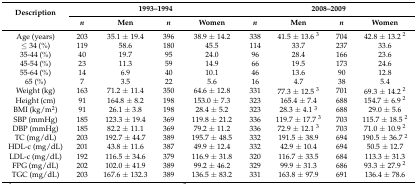
<table><thead><tr><td rowspan="2"><b>Description </b></td><td colspan="4"><b>1993–1994</b></td><td colspan="4"><b>2008–2009</b></td></tr><tr><td><b><i>n</i></b></td><td><b>Men</b></td><td><b><i>n</i></b></td><td><b>Women</b></td><td><b><i>n</i></b></td><td><b>Men</b></td><td><b><i>n</i></b></td><td><b>Women</b></td></tr></thead><tbody><tr><td>Age (years)</td><td>203</td><td>35.1 ± 19.4</td><td>396</td><td>38.9 ± 14.2</td><td>338</td><td>41.5 ± 13.6 <sup>3</sup></td><td>704</td><td>42.8 ± 13.2 <sup>2</sup></td></tr><tr><td>≤ 34 (%)</td><td>119</td><td>58.6</td><td>180</td><td>45.5</td><td>114</td><td>33.7</td><td>237</td><td>33.6</td></tr><tr><td>35-44 (%)</td><td>40</td><td>19.7</td><td>95</td><td>24.0</td><td>96</td><td>28.4</td><td>166</td><td>23.6</td></tr><tr><td>45-54 (%)</td><td>23</td><td>11.3</td><td>59</td><td>14.9</td><td>66</td><td>19.5</td><td>173</td><td>24.6</td></tr><tr><td>55-64 (%)</td><td>14</td><td>6.9</td><td>40</td><td>10.1</td><td>46</td><td>13.6</td><td>90</td><td>12.8</td></tr><tr><td>65 (%)</td><td>7</td><td>3.5</td><td>22</td><td>5.6</td><td>16</td><td>4.7</td><td>38</td><td>5.4</td></tr><tr><td>Weight (kg)</td><td>163</td><td>71.2 ± 11.4</td><td>350</td><td>64.6 ± 12.8</td><td>331</td><td>77.3 ± 12.5 <sup>3</sup></td><td>701</td><td>69.3 ± 14.2 <sup>2</sup></td></tr><tr><td>Height (cm)</td><td>91</td><td>164.8 ± 8.2</td><td>198</td><td>153.0 ± 7.3</td><td>323</td><td>165.4 ± 7.4</td><td>688</td><td>154.7 ± 6.9 <sup>2</sup></td></tr><tr><td>BMI (kg/m<sup>2</sup>)</td><td>91</td><td>26.1 ± 3.8</td><td>198</td><td>28.4 ± 5.2</td><td>323</td><td>28.3 ± 4.1 <sup>3</sup></td><td>688</td><td>29.0 ± 5.6</td></tr><tr><td>SBP (mmHg)</td><td>185</td><td>123.3 ± 19.4</td><td>369</td><td>119.8 ± 21.2</td><td>336</td><td>119.7 ± 17.7 <sup>3</sup></td><td>703</td><td>115.7 ± 18.5 <sup>2</sup></td></tr><tr><td>DBP (mmHg)</td><td>185</td><td>82.2 ± 11.1</td><td>369</td><td>79.2 ± 11.2</td><td>336</td><td>72.9 ± 12.1 <sup>3</sup></td><td>703</td><td>71.0 ± 10.9 <sup>2</sup></td></tr><tr><td>TC (mg/dL)</td><td>203</td><td>192.7 ± 44.7</td><td>389</td><td>195.7 ± 48.5</td><td>332</td><td>191.5 ± 38.9</td><td>694</td><td>190.5 ± 36.7 <sup>2</sup></td></tr><tr><td>HDL-c (mg/dL)</td><td>201</td><td>43.8 ± 11.6</td><td>387</td><td>49.9 ± 12.4</td><td>332</td><td>42.9 ± 10.4</td><td>694</td><td>50.5 ± 12.7</td></tr><tr><td>LDL-c (mg/dL)</td><td>192</td><td>116.5 ± 34.6</td><td>379</td><td>116.9 ± 31.8</td><td>320</td><td>116.7 ± 33.5</td><td>684</td><td>113.3 ± 31.3</td></tr><tr><td>FPG (mg/dL)</td><td>202</td><td>102.0 ± 41.9</td><td>389</td><td>99.2 ± 46.2</td><td>329</td><td>99.9 ± 31.3</td><td>686</td><td>93.3 ± 27.9 <sup>2</sup></td></tr><tr><td>TGC (mg/dL)</td><td>203</td><td>167.6 ± 132.3</td><td>389</td><td>136.5 ± 83.2</td><td>331</td><td>163.8 ± 97.9</td><td>691</td><td>136.4 ± 78.6</td></tr></tbody></table>